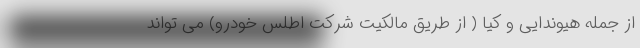
از جمله هیوندایی و کیا ( از طریق مالکیت شرکت اطلس خودرو) می تواند